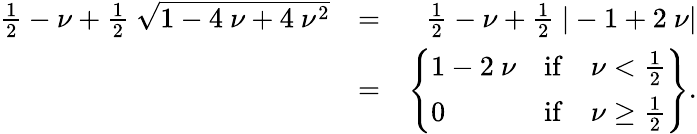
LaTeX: \begin{array}{rlr}{\frac{1}{2}-\nu+\frac{1}{2}~\sqrt{1-4~\nu+4~\nu^{2}}}&{=}&{\frac{1}{2}-\nu+\frac{1}{2}~|-1+2~\nu|}\\ &{=}&{\left\{ \begin{array}{lll}{1-2~\nu}&{\mathrm{if}}&{\nu<\frac{1}{2}}\\ {0}&{\mathrm{if}}&{\nu\geq\frac{1}{2}}\end{array}\right\} .}\end{array}